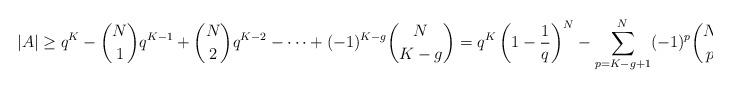
LaTeX: \begin{align*}|A| \ge q^{K} - \binom{N}{1}q^{K - 1} + \binom{N}{2}q^{K - 2} - \dots + (-1)^{K - g} \binom{N}{K - g} = q^{K} \left (1 - \dfrac{1}{q} \right )^{N} - \sum_{p = K - g + 1}^{N} (-1)^{p} \binom{N}{p} q^{K - p}.\end{align*}